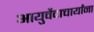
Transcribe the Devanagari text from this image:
आयुर्वेदाचार्यांना